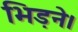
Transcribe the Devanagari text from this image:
भिड़ने।